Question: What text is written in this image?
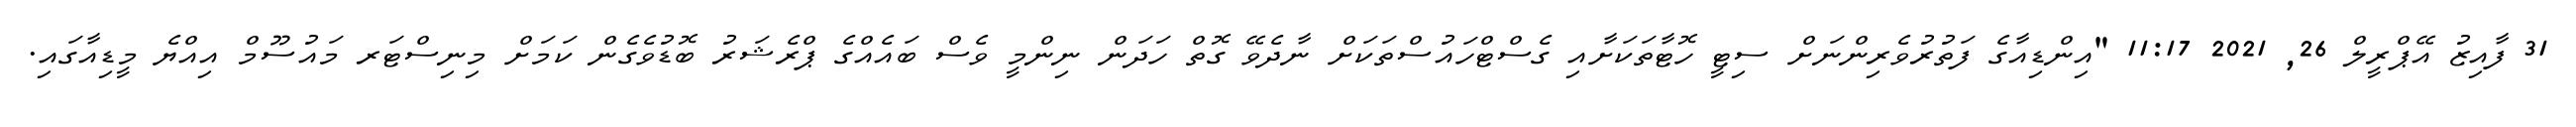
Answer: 31 ފާއިޒު އޭޕްރީލް 26, 2021 11:17 "އިންޑިއާގެ ފަތުރުވެރިންނަށް ސިޓީ ހޮޓާތަކަށާއި ގެސްޓްހައުސްތަކަށް ނާދެވޭ ގޮތް ހަދަން ނިންމީ ވެސް ބައެއްގެ ޕްރެޝަރު ބޮޑުވެގެން ކަމަށް މިނިސްޓަރ މައުސޫމް އިއްޔެ މީޑިއާގައި.